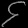
Digit: ၄